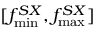
[ f _ { \operatorname* { m i n } } ^ { S X } , f _ { \operatorname* { m a x } } ^ { S X } ]